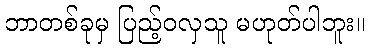
ဘာတစ်ခုမှ ပြည့်ဝလှသူ မဟုတ်ပါဘူး။